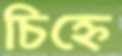
চিহ্নে